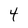
Character: 4